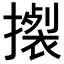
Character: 𢴴